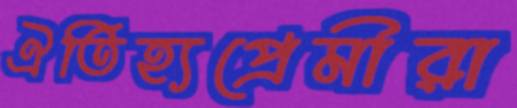
ঐতিহ্যপ্রেমীরা